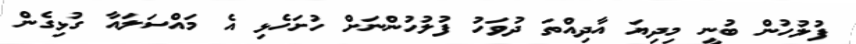
ފުލުހުން ބުނީ މިދިޔަ އާދިއްތަ ދުވަހު ފުލުހުންނަށް ހުށަހެޅި އެ މައްސަލައާ ގުޅިގެން